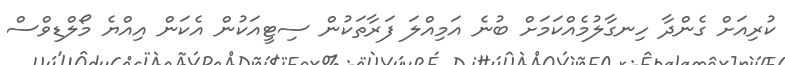
ކުރިއަށް ގެންދާ ހިނގާލުމެއްކަމަށް ބުނެ އަމިއްލަ ފަރާތަކުން ސިޓީއަކުން އެކަން އިއްޔެ މޯލްޑިވްސް